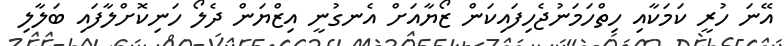
އޭނަ ހުރީ ކަމަކާއި ހިތްހަމަނުޖެހިފައިކަން ޒޯޔާއަށް އެނގުނީ އިޒްޔަން ދެލޯ ހަނިކޮށްލާފައި ބަލާލި